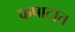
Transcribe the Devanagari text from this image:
कपाटात